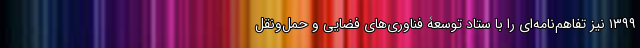
۱۳۹۹ نیز تفاهم‌نامه‌ای را با ستاد توسعۀ فناوری‌های فضایی و حمل‌ونقل